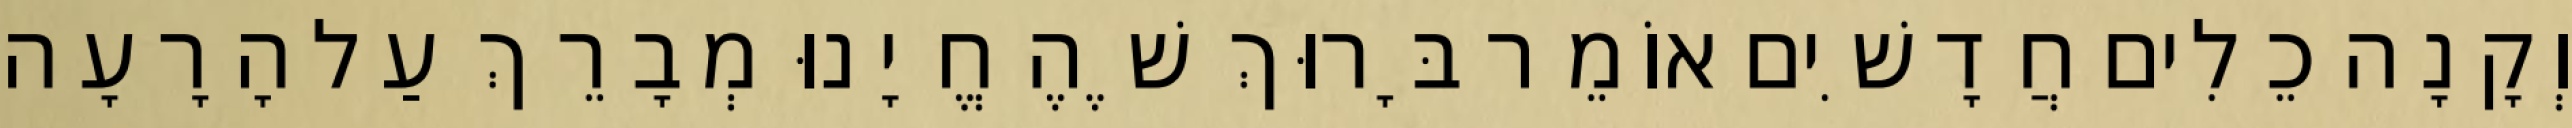
וְקָנָה כֵלִים חֲדָשִׁים אוֹמֵר בָּרוּךְ שֶׁהֶחֱיָנוּ מְבָרֵךְ עַל הָרָעָה